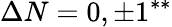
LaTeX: \Delta N=0,\pm 1^{**}